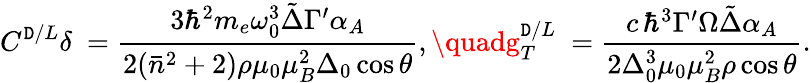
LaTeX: C^{\mathtt{D}/L}\delta\ =\frac{{3\hbar^{2}m_{e}\omega_{0}^{3}\tilde{{\Delta}}\Gamma^{\prime}\alpha_{A}}}{{2(\bar{{n}}^{2}+2)\rho\mu_{0}\mu_{B}^{2}\Delta_{0}\cos{\theta}}},\quadg_{T}^{\mathtt{D}/L}\ =\frac{{c\, \hbar^{3}\Gamma^{\prime}\Omega\tilde{{\Delta}}\alpha_{A}}}{{2\Delta_{0}^{3}\mu_{0}\mu_{B}^{2}\rho\cos{\theta}}}.